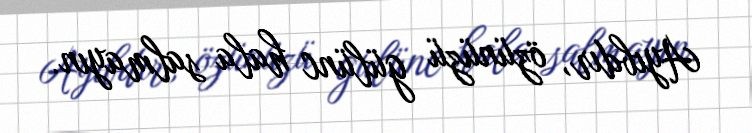
Ayıbdır, özünüzü gülünc hala salmayın.